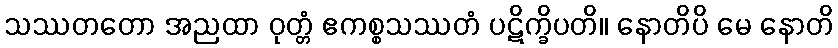
သဿတတော အညထာ ဝုတ္တံ ဧကစ္စသဿတံ ပဋိက္ခိပတိ။ နောတိပိ မေ နောတိ